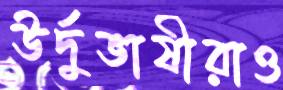
উর্দুভাষীরাও